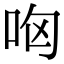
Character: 㕼